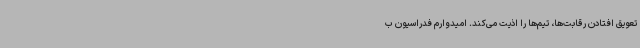
تعویق افتادن رقابت‌ها، تیم‌ها را اذیت می‌کند. امیدوارم فدراسیون ب